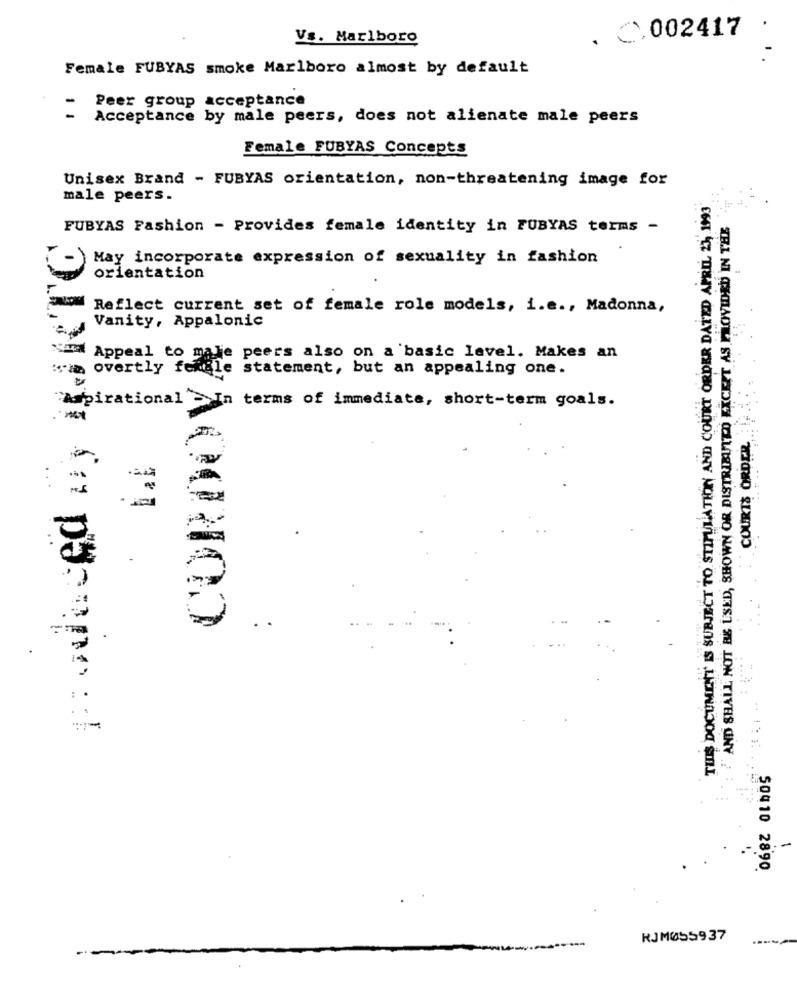
.
Vs. Marlboro
C.002417
Female FUBYAS smoke Marlboro almost by default
Peer group acceptance
-
Acceptance by male peers, does not alienate male peers
Female FUBYAS Concepts
Unisex Brand - FUBYAS orientation, non-threatening image for
male peers.
THIS DOCUMENT IS SUBJECT TO STIMULATHE AND COURT ORDER DATED APRIL 25, 1993
AND SHALL NOT BE USED, SHOWN OR DISTRIBUITO EXCEPT AS PROVIDED IN THE
FUBYAS Fashion - Provides female identity in FUBYAS terms -
q: odeced ny BURTC
May incorporate expression of sexuality in fashion
orientation
Reflect current set of female role models, i.e ., Madonna,
Vanity, Appalonic
Appeal to male peers also on a basic level. Makes an
overtly fertile statement, but an appealing one.
Aspirational - In terms of immediate, short-term goals.
COURTS ORDER
AOCHOD
.
..
50410 2890
RJM055937